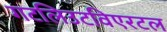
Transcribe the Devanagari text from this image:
गटलिउटविएरटल